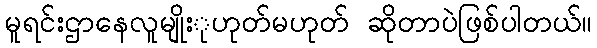
မူရင်းဌာနေလူမျိုးုဟုတ်မဟုတ် ဆိုတာပဲဖြစ်ပါတယ်။